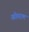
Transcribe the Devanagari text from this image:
खोतराम